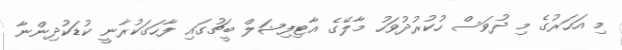
މި އަހަރުގެ މި ދުވަސް ހުކުރުދުވަހު މާލޭގެ އާޓިފިޝަލް ބީޗުގައި ފާހަގަކުރާނީ ކުޑަކުދިންނާ